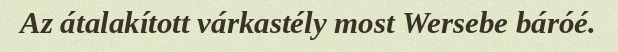
Az átalakított várkastély most Wersebe báróé.